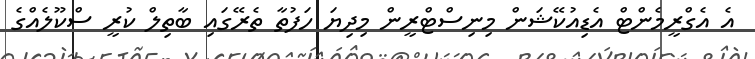
އެ އެގްރީމެންޓް އެޑިއުކޭޝަން މިނިސްޓްރީން މިދިޔަ ހަފުތާ ތެރޭގައި ބާތިލް ކުރީ ސްކޫލެއްގެ